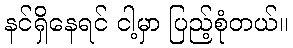
နင်ရှိနေရင် ငါ့မှာ ပြည့်စုံတယ်။